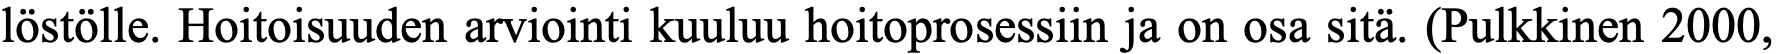
löstölle. Hoitoisuuden arviointi kuuluu hoitoprosessiin ja on osa sitä. (Pulkkinen 2000,